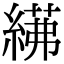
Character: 𦂓